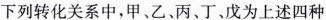
下列转化关系中，甲、乙、丙、丁、戊为上述四种